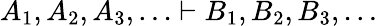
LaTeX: A_{1},A_{2},A_{3},\ldots\vdash B_{1},B_{2},B_{3},\ldots